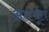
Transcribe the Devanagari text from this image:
अतंर्भूत